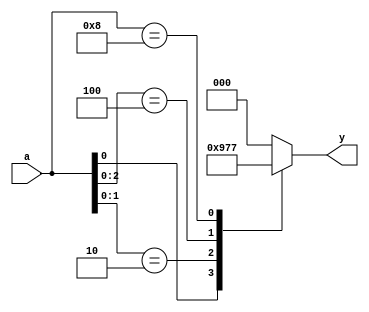
`timescale 1ns/1ns

module enc(a, y);
	input  [3:0] a;
	output [2:0] y;
	reg    [2:0] y;
	
	always@(a) begin
		casex(a)
			4'b???1: y <= 3'b100;
			4'b??10: y <= 3'b101;
			4'b?100: y <= 3'b110;
			4'b1000: y <= 3'b111;
			default: y <= 3'b000;
		endcase
	end
	
endmodule